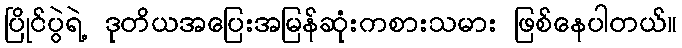
ပြိုင်ပွဲရဲ့ ဒုတိယအပြေးအမြန်ဆုံးကစားသမား ဖြစ်နေပါတယ်။